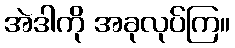
အဲဒါကို အခုလုပ်ကြ။